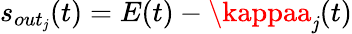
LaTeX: s_{out_{\mathit{j}}}(t)=E(t)-\kappaa_{\mathit{j}}(t)